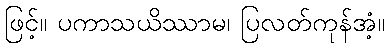
ဖြင့်။ ပကာသယိဿာမ၊ ပြလတ်ကုန်အံ့။